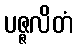
ပဇ္ဇလိတံ